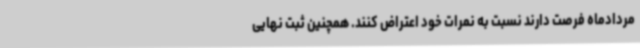
مردادماه فرصت دارند نسبت به نمرات خود اعتراض کنند. همچنین ثبت نهایی